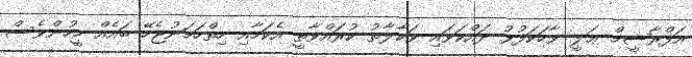
އަފްރާޝީމް ޢަލީ ވާހަކަފުޅު ދައްކަވައި ވަކާލާތު ކުރައްވާތީ އެކަމާއި ހިތްހަމަނުޖެހޭ ބައެއް މީހުންވެސް